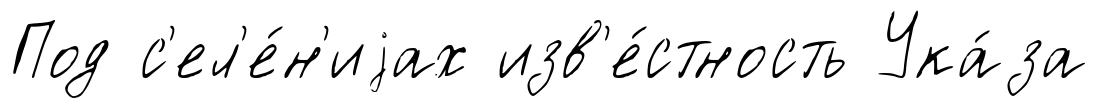
Под с'ел'е́н'иjах изв'е́стность Ука́за